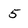
Character: 5